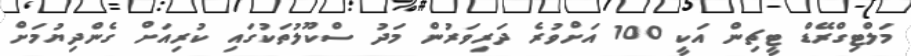
މަލްޓިގްރޭޑް ޓީޗިން އަކީ 100 އަށްވުރެ ދަރިވަރުން މަދު ސްކޫލުތަކުގައި ކުރިއަށް ގެންދިޔުމަށް